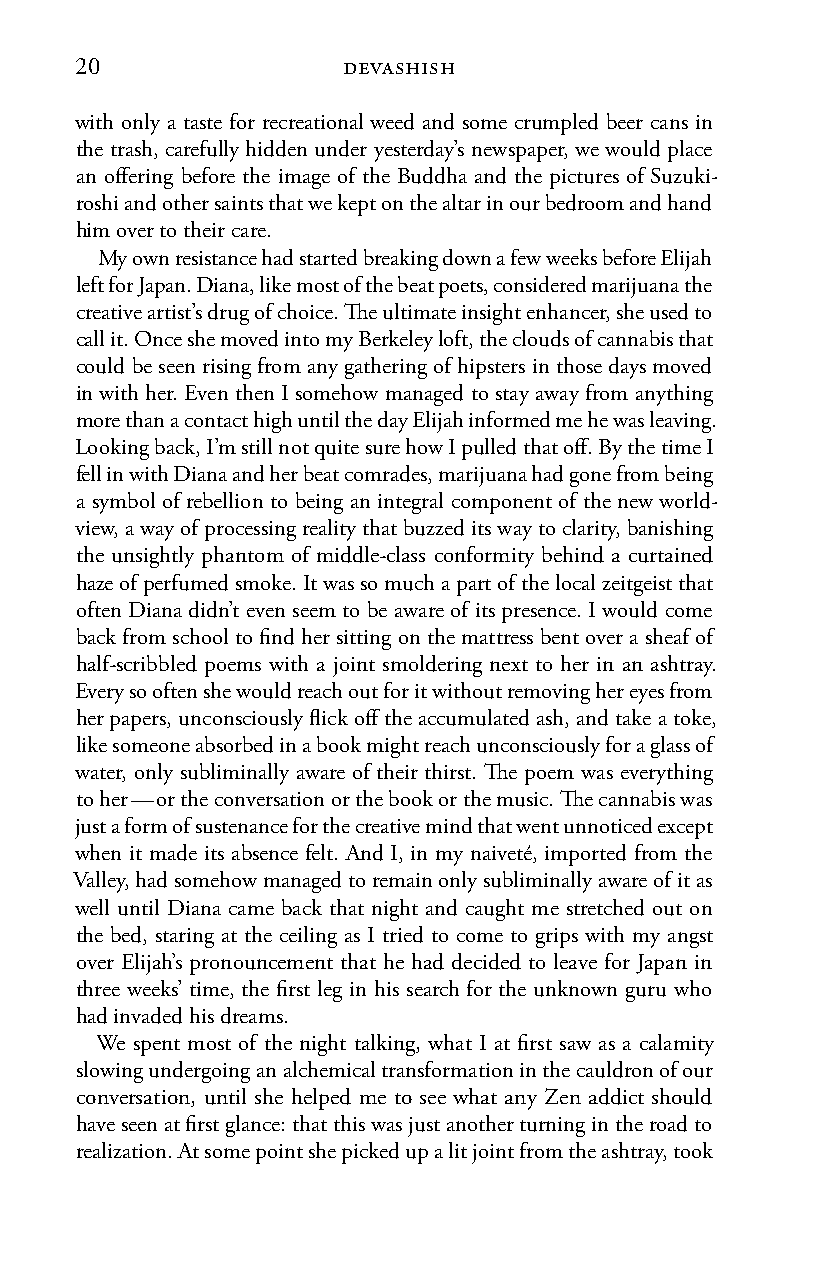
20                devashish
 with only a taste for recreational weed and some crumpled beer cans in
 the trash, carefully hidden under yesterday’s newspaper, we would place
 an offering before the image of the Buddha and the pictures of Suzuki-
 roshi and other saints that we kept on the altar in our bedroom and hand
 him over to their care.
 My own resistance had started breaking down a few weeks before Elijah
 left for Japan. Diana, like most of the beat poets, considered marijuana the
 creative artist’s drug of choice. The ultimate insight enhancer, she used to
 call it. Once she moved into my Berkeley loft, the clouds of cannabis that
 could be seen rising from any gathering of hipsters in those days moved
 in with her. Even then I somehow managed to stay away from anything
 more than a contact high until the day Elijah informed me he was leaving.
 Looking back, I’m still not quite sure how I pulled that off. By the time I
 fell in with Diana and her beat comrades, marijuana had gone from being
 a symbol of rebellion to being an integral component of the new world-
 view, a way of processing reality that buzzed its way to clarity, banishing
 the unsightly phantom of middle-class conformity behind a curtained
 haze of perfumed smoke. It was so much a part of the local zeitgeist that
 often Diana didn’t even seem to be aware of its presence. I would come
 back from school to find her sitting on the mattress bent over a sheaf of
 half-scribbled poems with a joint smoldering next to her in an ashtray.
 Every so often she would reach out for it without removing her eyes from
 her papers, unconsciously flick off the accumulated ash, and take a toke,
 like someone absorbed in a book might reach unconsciously for a glass of
 water, only subliminally aware of their thirst. The poem was everything
 to her — or the conversation or the book or the music. The cannabis was
 just a form of sustenance for the creative mind that went unnoticed except
 when it made its absence felt. And I, in my naiveté, imported from the
 Valley, had somehow managed to remain only subliminally aware of it as
 well until Diana came back that night and caught me stretched out on
 the bed, staring at the ceiling as I tried to come to grips with my angst
 over Elijah’s pronouncement that he had decided to leave for Japan in
 three weeks’ time, the first leg in his search for the unknown guru who
 had invaded his dreams.
 We spent most of the night talking, what I at first saw as a calamity
 slowing undergoing an alchemical transformation in the cauldron of our
 conversation, until she helped me to see what any Zen addict should
 have seen at first glance: that this was just another turning in the road to
 realization. At some point she picked up a lit joint from the ashtray, took